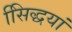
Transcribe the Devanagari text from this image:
सििद्धयां